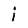
Character: i